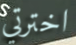
اخترتي